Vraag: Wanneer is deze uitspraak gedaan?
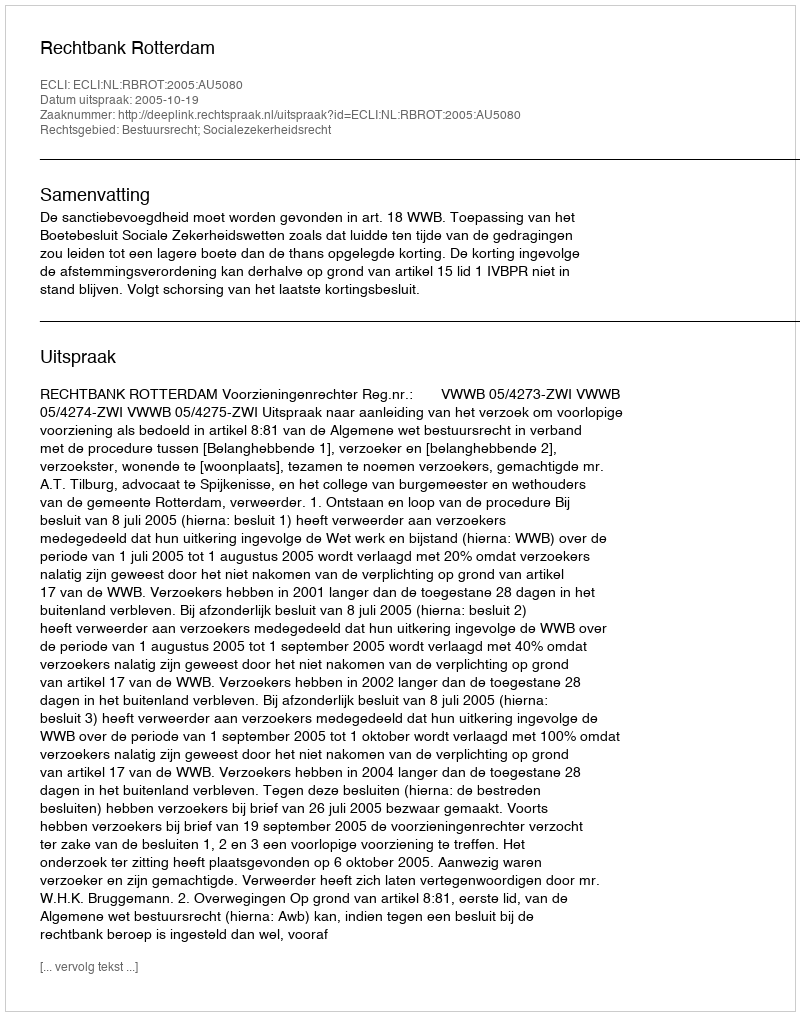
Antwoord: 2005-10-19